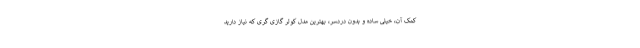
کمک آن، خیلی ساده و بدون دردسر، بهترین مدل کولر گازی گری که نیاز دارید